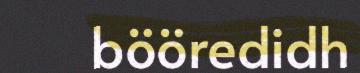
bööredidh